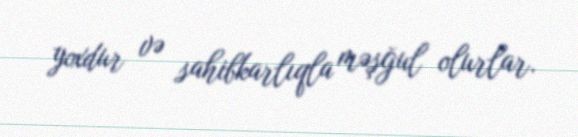
yoxdur və sahibkarlıqla məşğul olurlar.